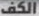
الكف